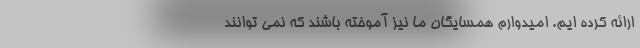
ارائه کرده ایم. امیدوارم همسایگان ما نیز آموخته باشند که نمی توانند